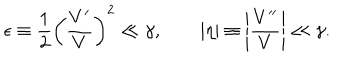
\epsilon \equiv \frac { 1 } { 2 } \left( \frac { V ^ { \prime } } { V } \right) ^ { 2 } \ll \gamma , \qquad | \eta | \equiv \left| \frac { V ^ { \prime \prime } } { V } \right| \ll \gamma .